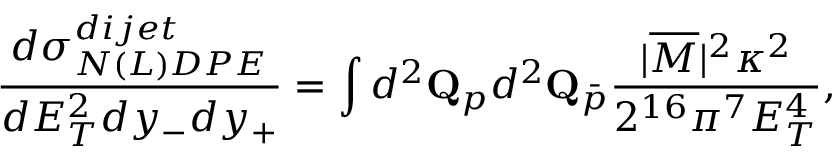
\frac { d \sigma _ { N ( L ) D P E } ^ { d i j e t } } { d E _ { T } ^ { 2 } d y _ { - } d y _ { + } } = \int d ^ { 2 } { \bf Q } _ { p } d ^ { 2 } { \bf Q } _ { \bar { p } } \frac { | \overline { { { { \cal M } } } } | ^ { 2 } \kappa ^ { 2 } } { 2 ^ { 1 6 } \pi ^ { 7 } E _ { T } ^ { 4 } } ,